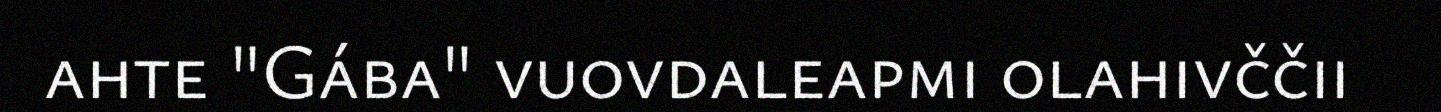
ahte "Gába" vuovdaleapmi olahivččii